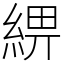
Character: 綥